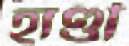
হাণ্ডী